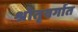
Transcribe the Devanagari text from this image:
श्रोतृवर्गात